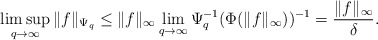
\begin{align*} \limsup_{q\rightarrow\infty}\|f\|_{\Psi_q}\leq\|f\|_\infty\lim_{q\rightarrow\infty}\Psi_q^{-1}(\Phi(\|f\|_\infty))^{-1}=\frac{\|f\|_\infty}{\delta}.\end{align*}